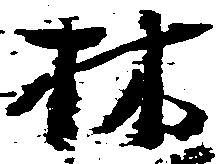
林